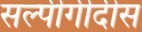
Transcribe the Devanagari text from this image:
सल्पीगीदीस